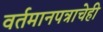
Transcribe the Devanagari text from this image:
वर्तमानपत्राचेही